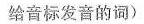
给音标发音的词)